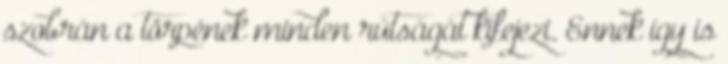
szobrán a törpének minden rútságát kifejezi. Ennek így is